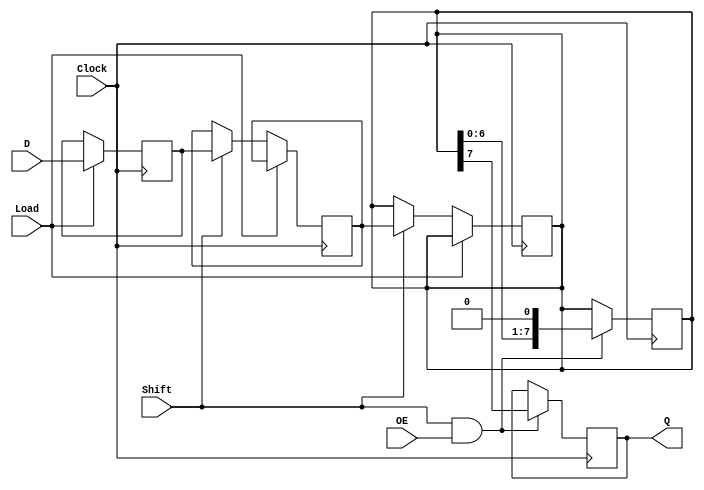
module TwoStagePISO (
    input wire [n-1:0] D,      // Parallel input data
    input wire Load,           // Load control signal
    input wire Shift,          // Shift control signal
    input wire Clock,          // Clock signal
    input wire OE,             // Output Enable signal
    output reg Q               // Serial output
);
    parameter n = 8;           // Number of bits in the input data

    reg [n-1:0] stage1;        // Stage 1 register
    reg [n-1:0] stage2;        // Stage 2 register
    reg [n-1:0] shift_reg;     // Shift register for serial output
    integer i;                 // Loop variable

    always @(posedge Clock) begin
        if (Load) begin
            // Load data into stage 1
            stage1 <= D;
        end
        else if (Shift) begin
            // Shift data from stage 1 to stage 2
            stage2 <= stage1;
            // Shift data out serially
            shift_reg <= stage2;
        end
    end

    always @(posedge Clock) begin
        if (Shift && OE) begin
            // Shift out the data serially
            Q <= shift_reg[n-1]; // Output the MSB of the shift register
            // Shift the register for the next output
            shift_reg <= {shift_reg[n-2:0], 1'b0}; // Shift left
        end
    end

endmodule